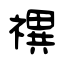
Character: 禩